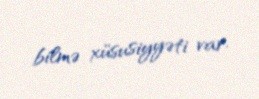
bilmə xüsusiyyəti var.